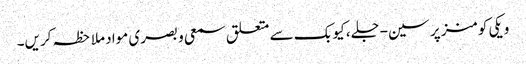
ویکی کومنز پر سین-جلے، کیوبک سے متعلق سمعی و بصری مواد ملاحظہ کریں۔